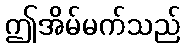
ဤအိမ်မက်သည်